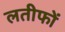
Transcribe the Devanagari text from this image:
लतीफों